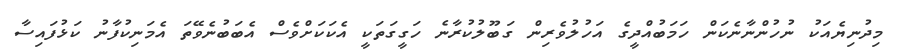
މިދުނިޔެއަކު ނުހުންނާނެކަން ހަމަބުއްދީގެ އަހުލުވެރިން ގަބޫލުކުރާނެ ހަގީގަތަކީ އެކަކަށްވެސް އެބަބުނެވޭތަ އެމަނިކުފާނު ކަޅުފައިސާ